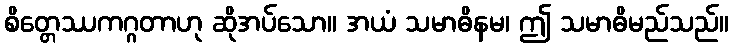
စိတ္တေဿကဂ္ဂတာဟု ဆိုအပ်သော။ အယံ သမာဓိနမ၊ ဤ သမာဓိမည်သည်။